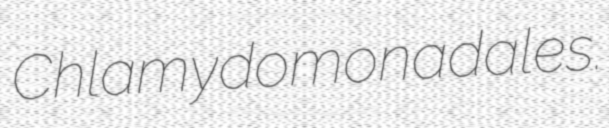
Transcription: Chlamydomonadales.